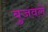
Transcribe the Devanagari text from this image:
बुजवले